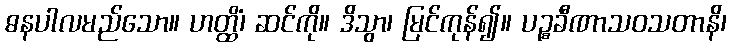
ဓနပါလမည်သော။ ဟတ္ထိံ၊ ဆင်ကို။ ဒိသွာ၊ မြင်ကုန်၍။ ပဉ္စခီဏာသဝသတာနိ၊